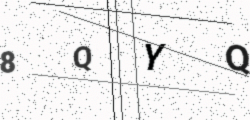
Text: 8QYQ